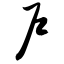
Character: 户